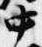
中